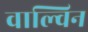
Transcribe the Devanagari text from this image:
वाल्विन